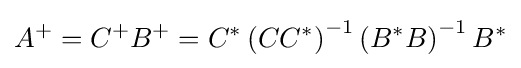
A^{+}=C^{+}B^{+}=C^{*}\left(CC^{*}\right)^{-1}\left(B^{*}B\right)^{-1}B^{*}